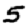
Digit: 5